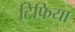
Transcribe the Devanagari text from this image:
टिफिया